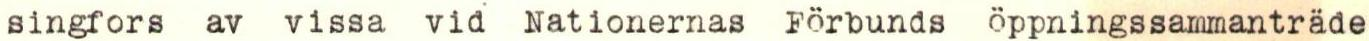
singfors av vissa vid Nationernas Förbunds öppningssammanträde